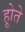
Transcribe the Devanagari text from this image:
होूते